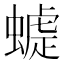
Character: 𧐪